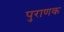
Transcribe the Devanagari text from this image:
पुराणक